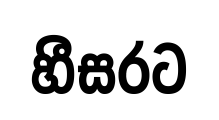
හීසරට